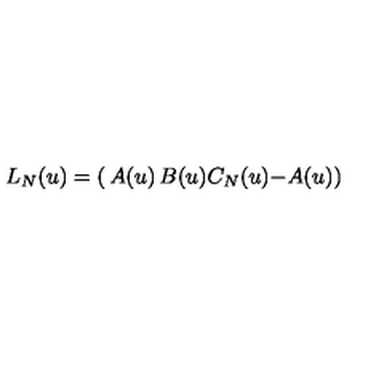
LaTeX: L _ { N } ( u ) = \left( \begin{matrix} { A ( u ) } & { B ( u ) } \\ { C _ { N } ( u ) } & { - A ( u ) } \\ \end{matrix} \right)